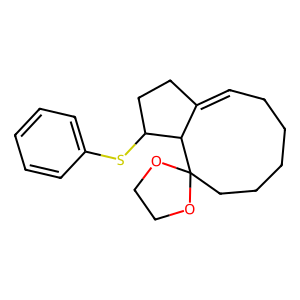
SMILES: C1=C2CCC(Sc3ccccc3)C2C2(CCCCC1)OCCO2
Inhibits HIV replication: No